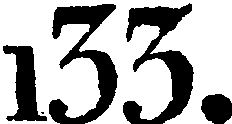
133.